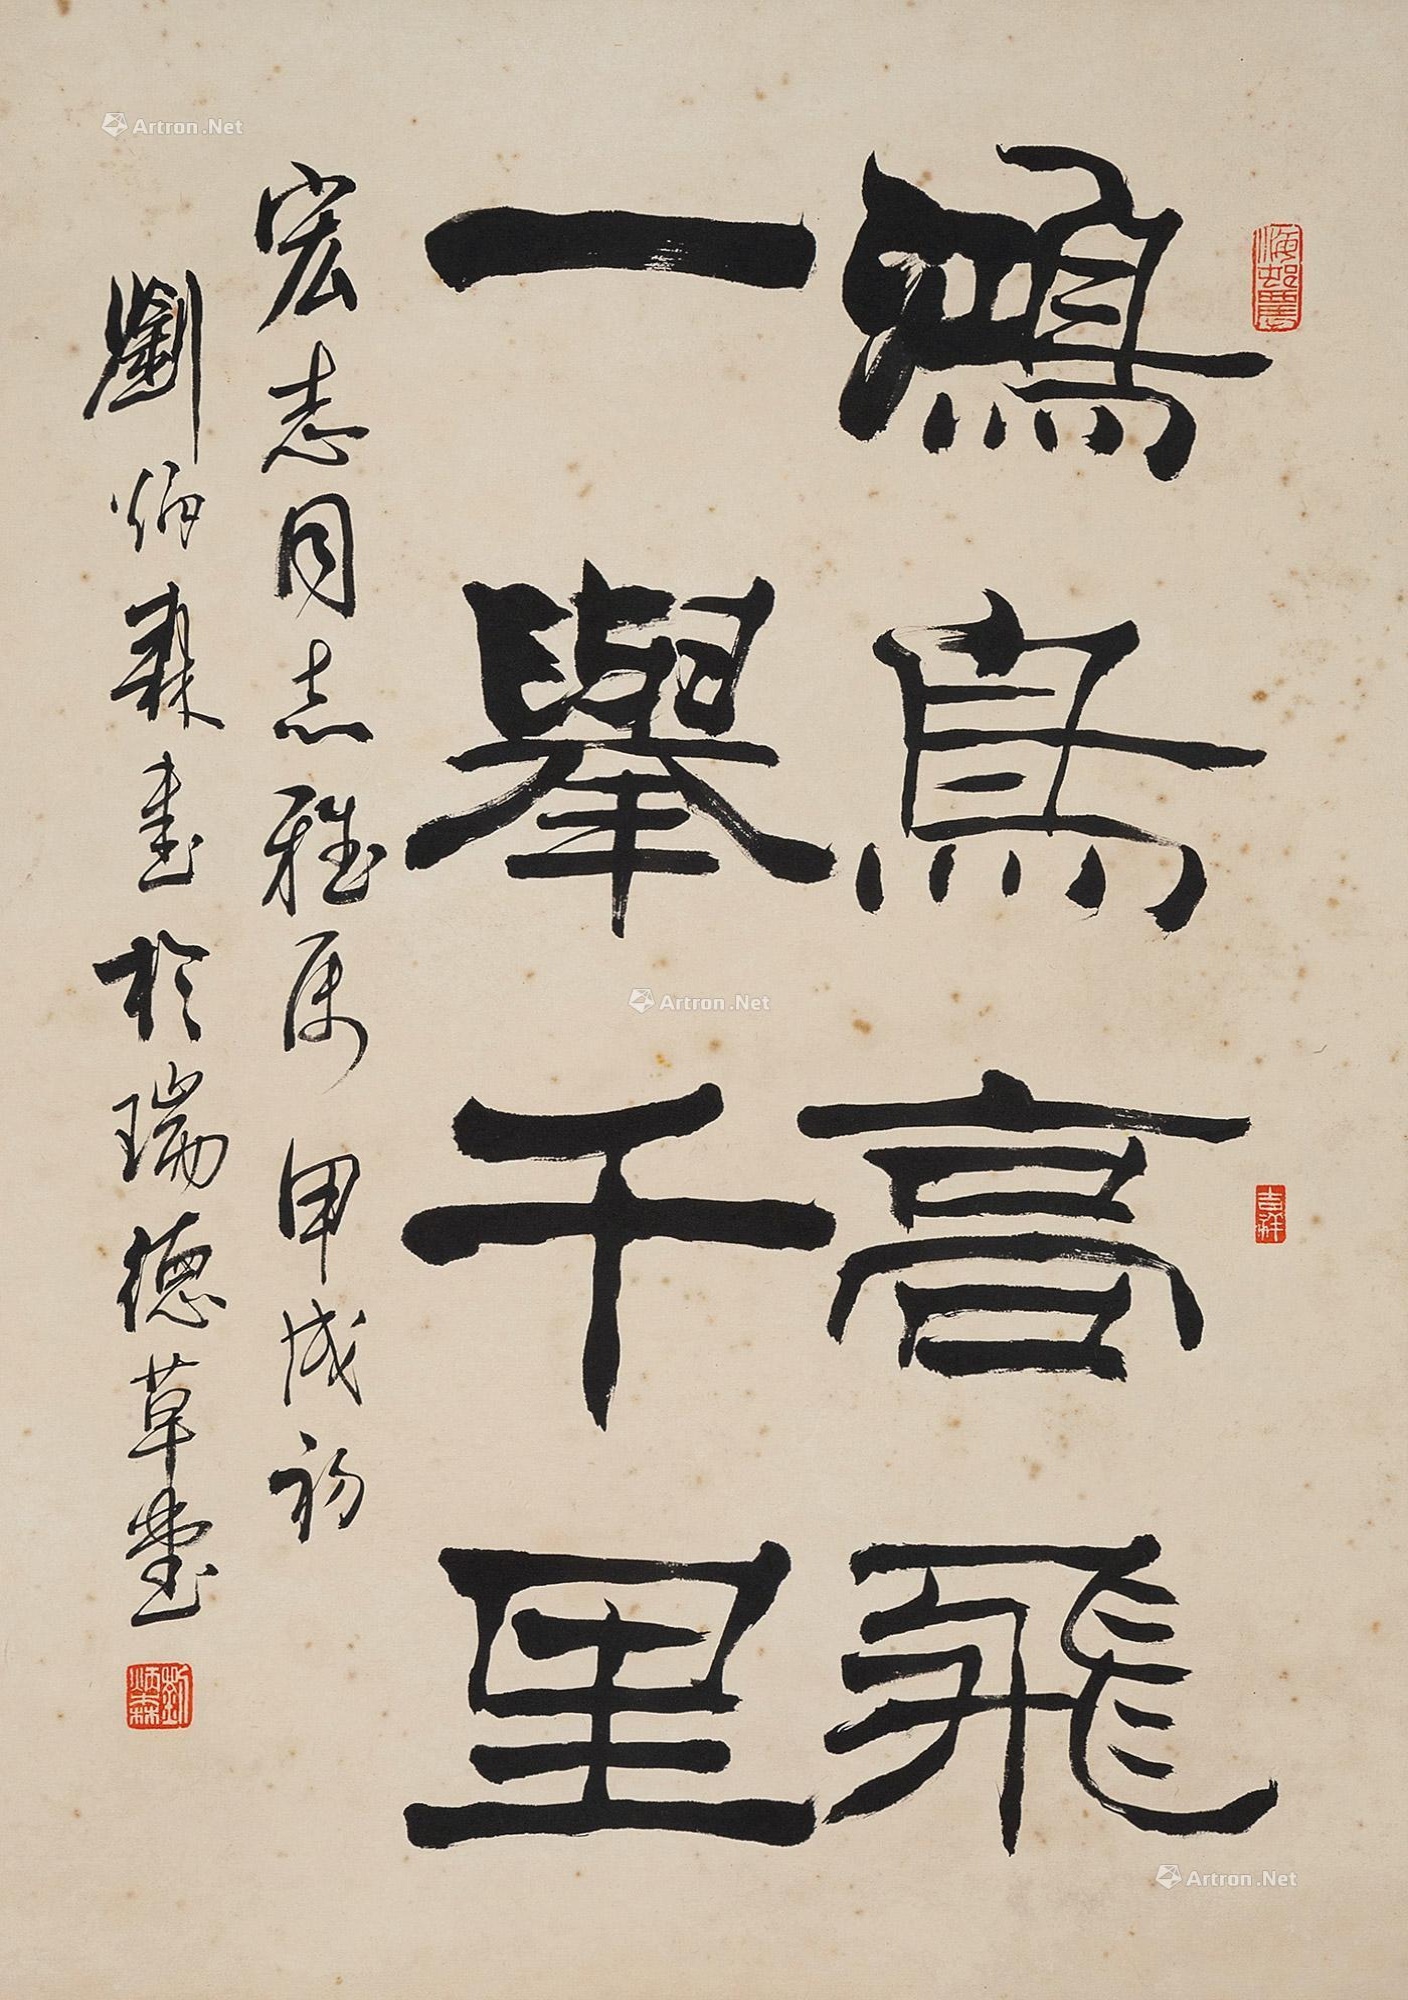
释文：鸿鸟高飞，一举千里。宏志同志雅属，甲戌初刘炳森书于瑞德草堂。